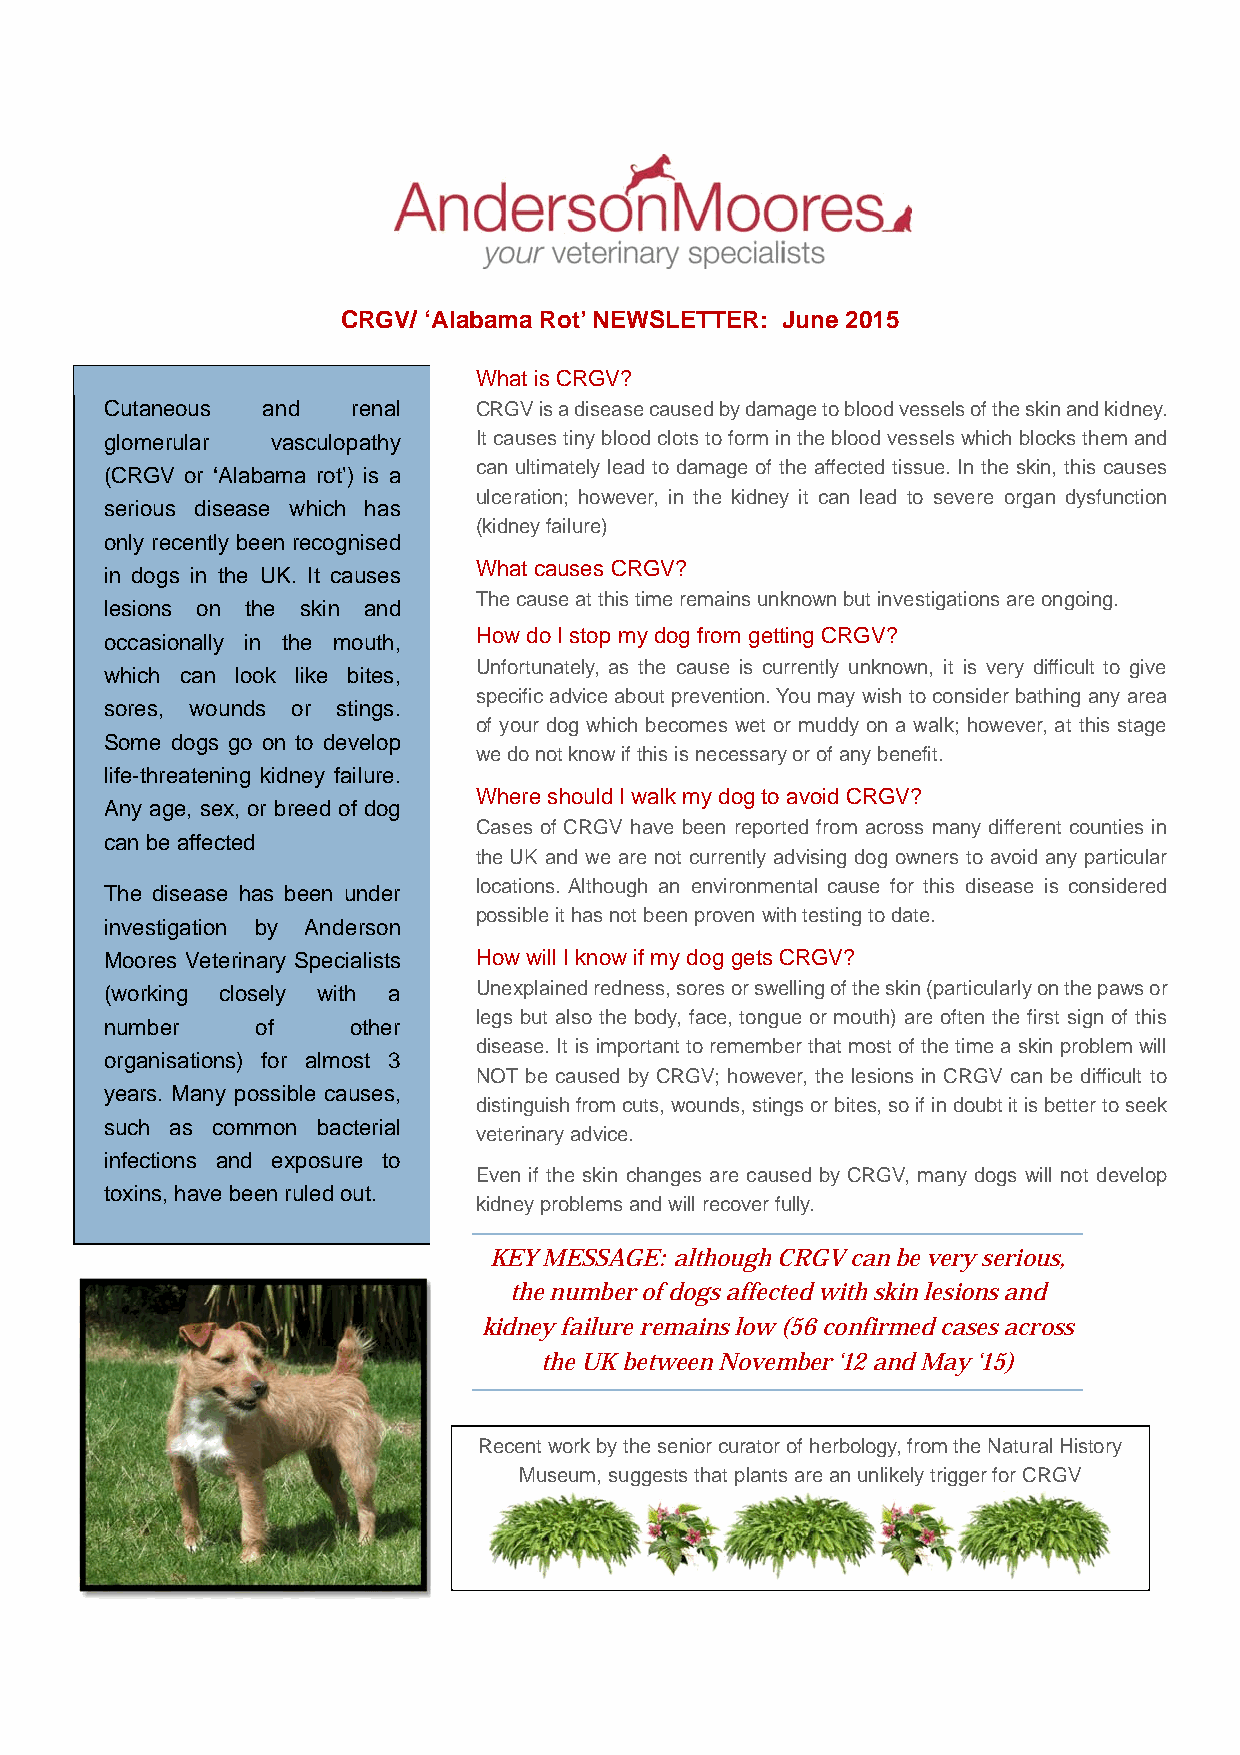
CRGV/ ‘Alabama Rot’ NEWSLETTER: June 2015
 What is CRGV?
 Cutaneous and   renal   CRGV is a disease caused by damage to blood vessels of the skin and kidney.
 glomerular vasculopathy It causes tiny blood clots to form in the blood vessels which blocks them and
 can ultimately lead to damage of the affected tissue. In the skin, this causes
 (CRGV or ‘Alabama rot’) is a
 ulceration; however, in the kidney it can lead to severe organ dysfunction
 serious disease which has
 (kidney failure)
 only recently been recognised
 What causes CRGV?
 in dogs in the UK. It causes
 The cause at this time remains unknown but investigations are ongoing.
 lesions on the skin and
 occasionally in the mouth, How do I stop my dog from getting CRGV?
 Unfortunately, as the cause is currently unknown, it is very difficult to give
 which can look like bites,
 specific advice about prevention. You may wish to consider bathing any area
 sores, wounds or stings.
 of your dog which becomes wet or muddy on a walk; however, at this stage
 Some dogs go on to develop
 we do not know if this is necessary or of any benefit.
 life-threatening kidney failure.
 Where should I walk my dog to avoid CRGV?
 Any age, sex, or breed of dog
 Cases of CRGV have been reported from across many different counties in
 can be affected
 the UK and we are not currently advising dog owners to avoid any particular
 locations. Although an environmental cause for this disease is considered
 The disease has been under
 possible it has not been proven with testing to date.
 investigation by Anderson
 Moores Veterinary Specialists How will I know if my dog gets CRGV?
 (working closely with a Unexplained redness, sores or swelling of the skin (particularly on the paws or
 legs but also the body, face, tongue or mouth) are often the first sign of this
 number    of    other
 disease. It is important to remember that most of the time a skin problem will
 organisations) for almost 3
 NOT be caused by CRGV; however, the lesions in CRGV can be difficult to
 years. Many possible causes,
 distinguish from cuts, wounds, stings or bites, so if in doubt it is better to seek
 such as common bacterial
 veterinary advice.
 infections and exposure to
 Even if the skin changes are caused by CRGV, many dogs will not develop
 toxins, have been ruled out.
 kidney problems and will recover fully.
 KEY MESSAGE: although CRGV can be very serious,
 the number of dogs affected with skin lesions and
 kidney failure remains low (56 confirmed cases across
 the UK between November ‘12 and May ‘15)
 Recent work by the senior curator of herbology, from the Natural History
 Museum, suggests that plants are an unlikely trigger for CRGV